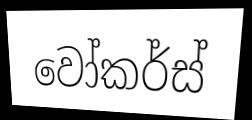
වෝකර්ස්